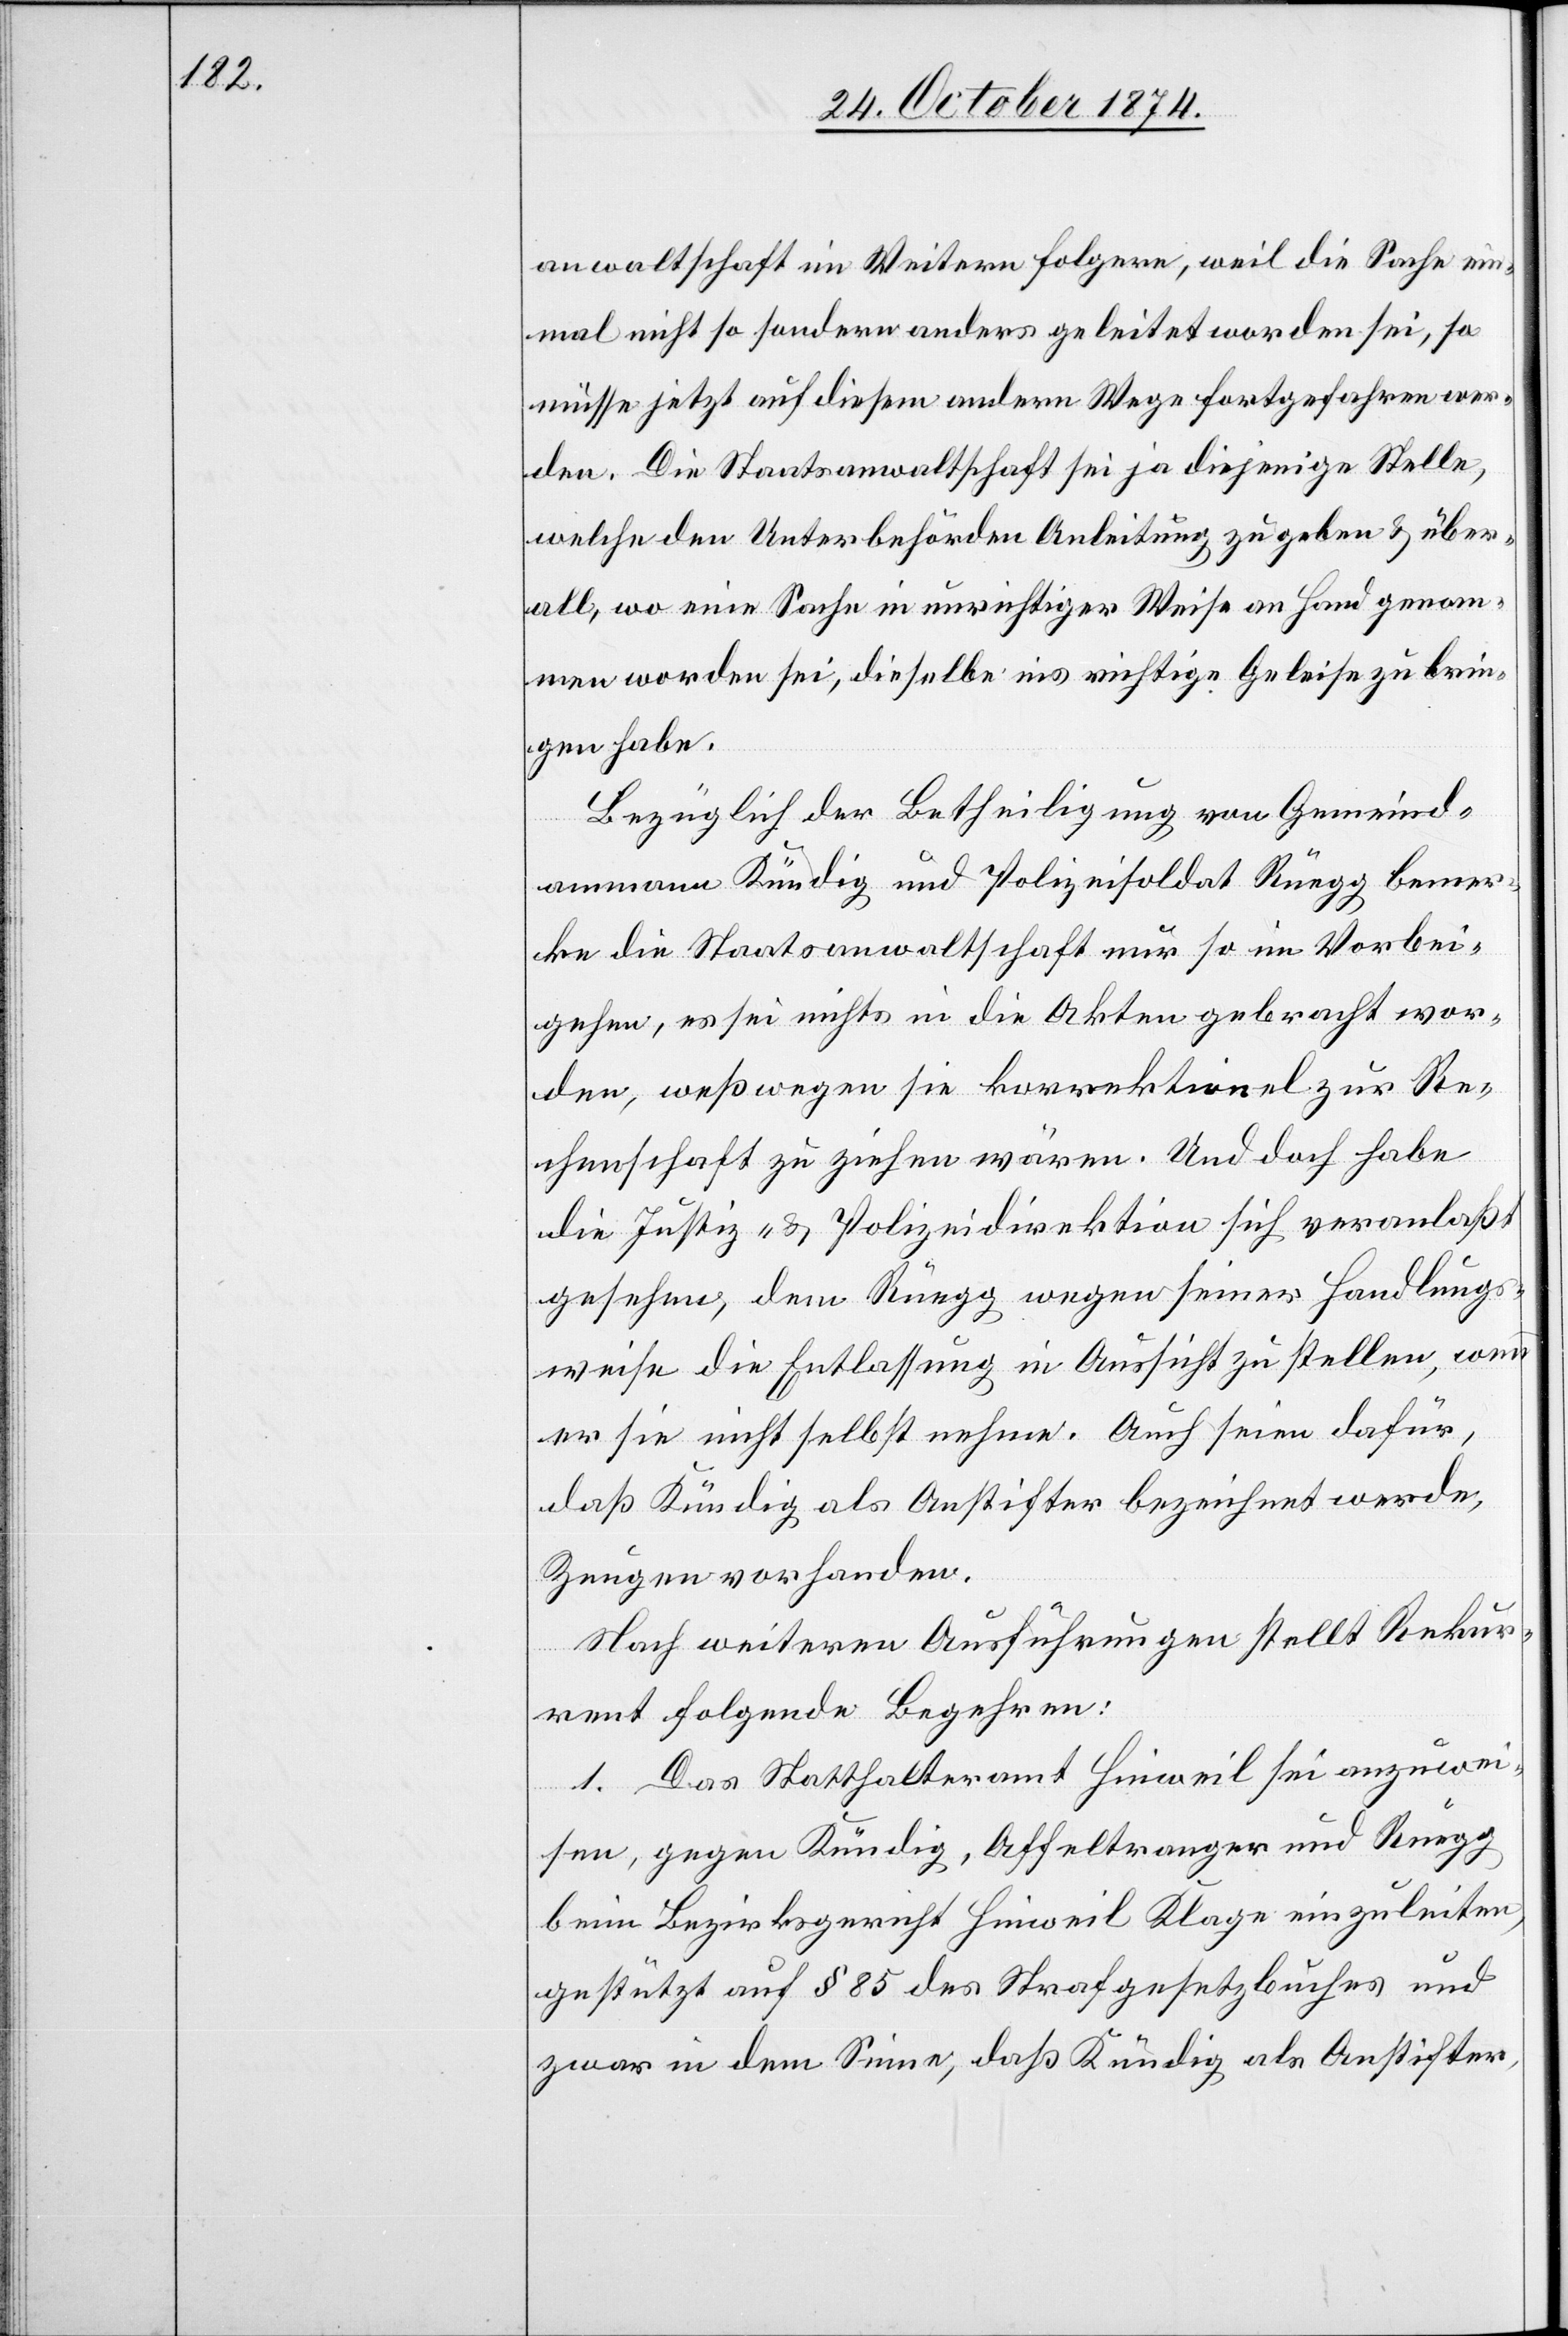
anwaltschaft im Weitern folgere, weil die Sache ein¬
mal nicht so sondern anders geleitet worden sei, so
müsse jetzt auf diesem andern Wege fortgefahren wer¬
den. Die Staatsanwaltschaft sei ja diejenige Stelle,
welche den Unterbehörden Anleitung zu geben & über¬
all, wo eine Sache in unrichtiger Weise an Hand genom¬
men worden sei, dieselbe ins richtige Geleise zu brin¬
gen habe.
Bezüglich der Betheiligung von Gemeinds¬
ammann Kündig und Polizeisoldat Rüegg bemer¬
ke die Staatsanwaltschaft nur so im Vorbei¬
gehen, es sei nichts in die Akten gebracht wor¬
den, weßwegen sie korrektionel zur Re¬
chenschaft zu ziehen wären. Und doch habe
die Justiz- & Polizeidirektion sich veranlaßt
gesehen, dem Rüegg wegen seiner Handlungs¬
weise die Entlassung in Aussicht zu stellen, wenn
er sie nicht selbst nehme. Auch seien dafür,
daß Kündig als Anstifter bezeichnet werde,
Zeugen vorhanden.
Nach weiteren Ausführungen stellt Rekur¬
rent folgende Begehren:
1. Das Statthalteramt Hinweil sei anzuwei¬
sen, gegen Kündig, Affeltranger und Rüegg
beim Bezirksgericht Hinweil Klage einzuleiten,
gestützt auf § 85 des Strafgesetzbuches und
zwar in dem Sinne, daß Kündig als Anstifter,